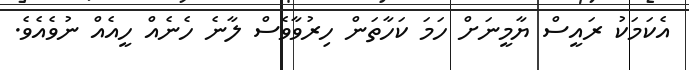
އެކަމަކު ރައީސް ޔާމީނަށް ހަމަ ކަހާތަން ހިރުވާވެސް ލާނެ ހެނެއް ހީއެއް ނުވެއެވެ.